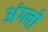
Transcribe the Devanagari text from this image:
अंग्लो